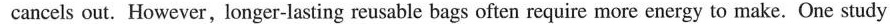
cancels out. However, longer-lasting reusable bags often require more energy to make. One study